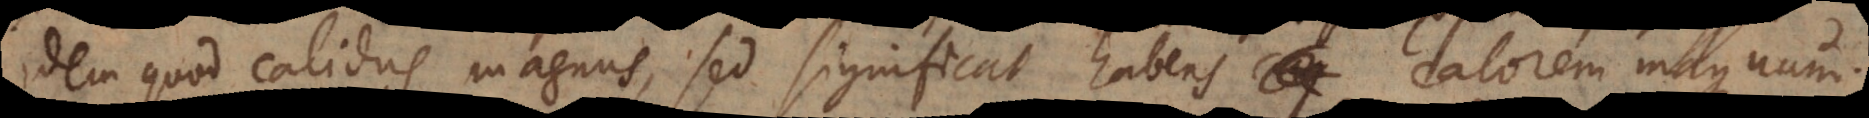
idem quod calidus magnus, sed significat habens calorem magnum.